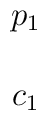
\begin{array}{c}          p_1 \\  \\c_1      \end{array}